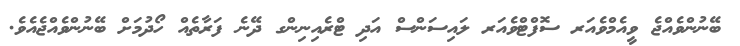
ބޭނުންވެއްޖެ ވީއެމްވެއަރ ސޮފްޓްވެއަރ ލައިސަންސް އަދި ޓްރެއިނިންގ ދޭނެ ފަރާތެއް ހޯދުމަށް ބޭނުންވެއްޖެއެވެ.